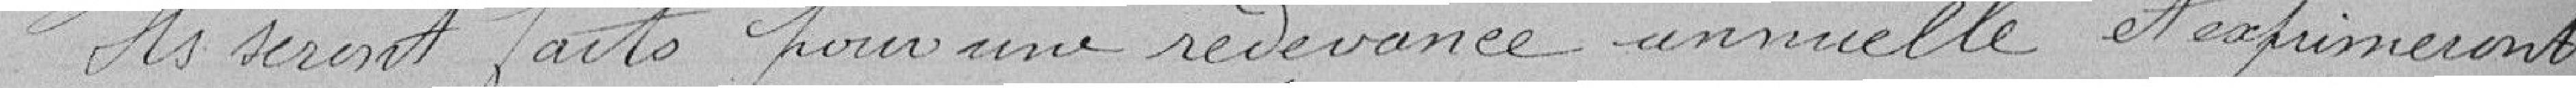
Ils seront faits pour une redevance annuelle et exprimeront